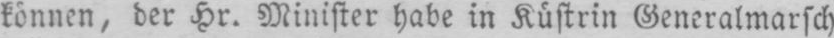
können, der Hr. Minister habe in Küstrin Generalmarsch